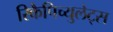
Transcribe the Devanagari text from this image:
रिकैपिच्युलेट्स